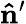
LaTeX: \mathbf{\hat{n}}^{\prime}